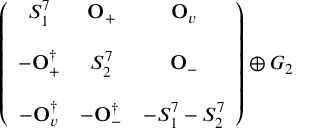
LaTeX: \left( \begin{array} { c c c } { { S _ { 1 } ^ { 7 } } } & { { { \bf O } _ { + } } } & { { { \bf O } _ { v } } } \\ { { } } & { { } } & { { } } \\ { { - { \bf O } _ { + } ^ { \dagger } } } & { { S _ { 2 } ^ { 7 } } } & { { { \bf O } _ { - } } } \\ { { } } & { { } } & { { } } \\ { { - { \bf O } _ { v } ^ { \dagger } } } & { { - { \bf O } _ { - } ^ { \dagger } } } & { { - S _ { 1 } ^ { 7 } - S _ { 2 } ^ { 7 } } } \end{array} \right) \oplus G _ { 2 }